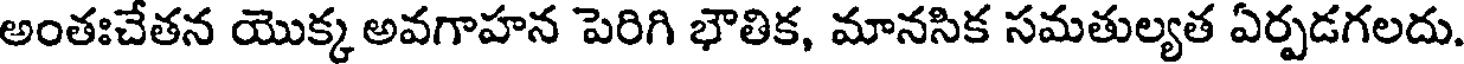
అంతఃచేతన యొక్క అవగాహన పెరిగి భౌతిక, మానసిక సమతుల్యత ఏర్పడగలదు.